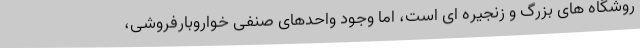
روشگاه های بزرگ و زنجیره ای است، اما وجود واحدهای صنفی خواروبارفروشی،